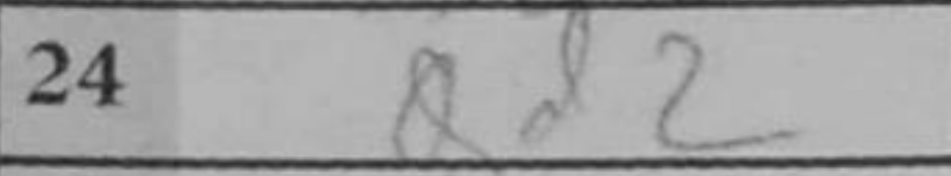
Transcription: Qd2